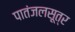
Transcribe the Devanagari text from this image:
पातंजलसूत्र